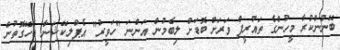
ބޭނުންކުރާ މީހުންގެ ތައުރީފް ވަރަށް ބޮޑަށް ލިބެމުން އަންނަ "ހަވީރު" އެޕްލިކޭޝަނާ ބެހޭގޮތުން